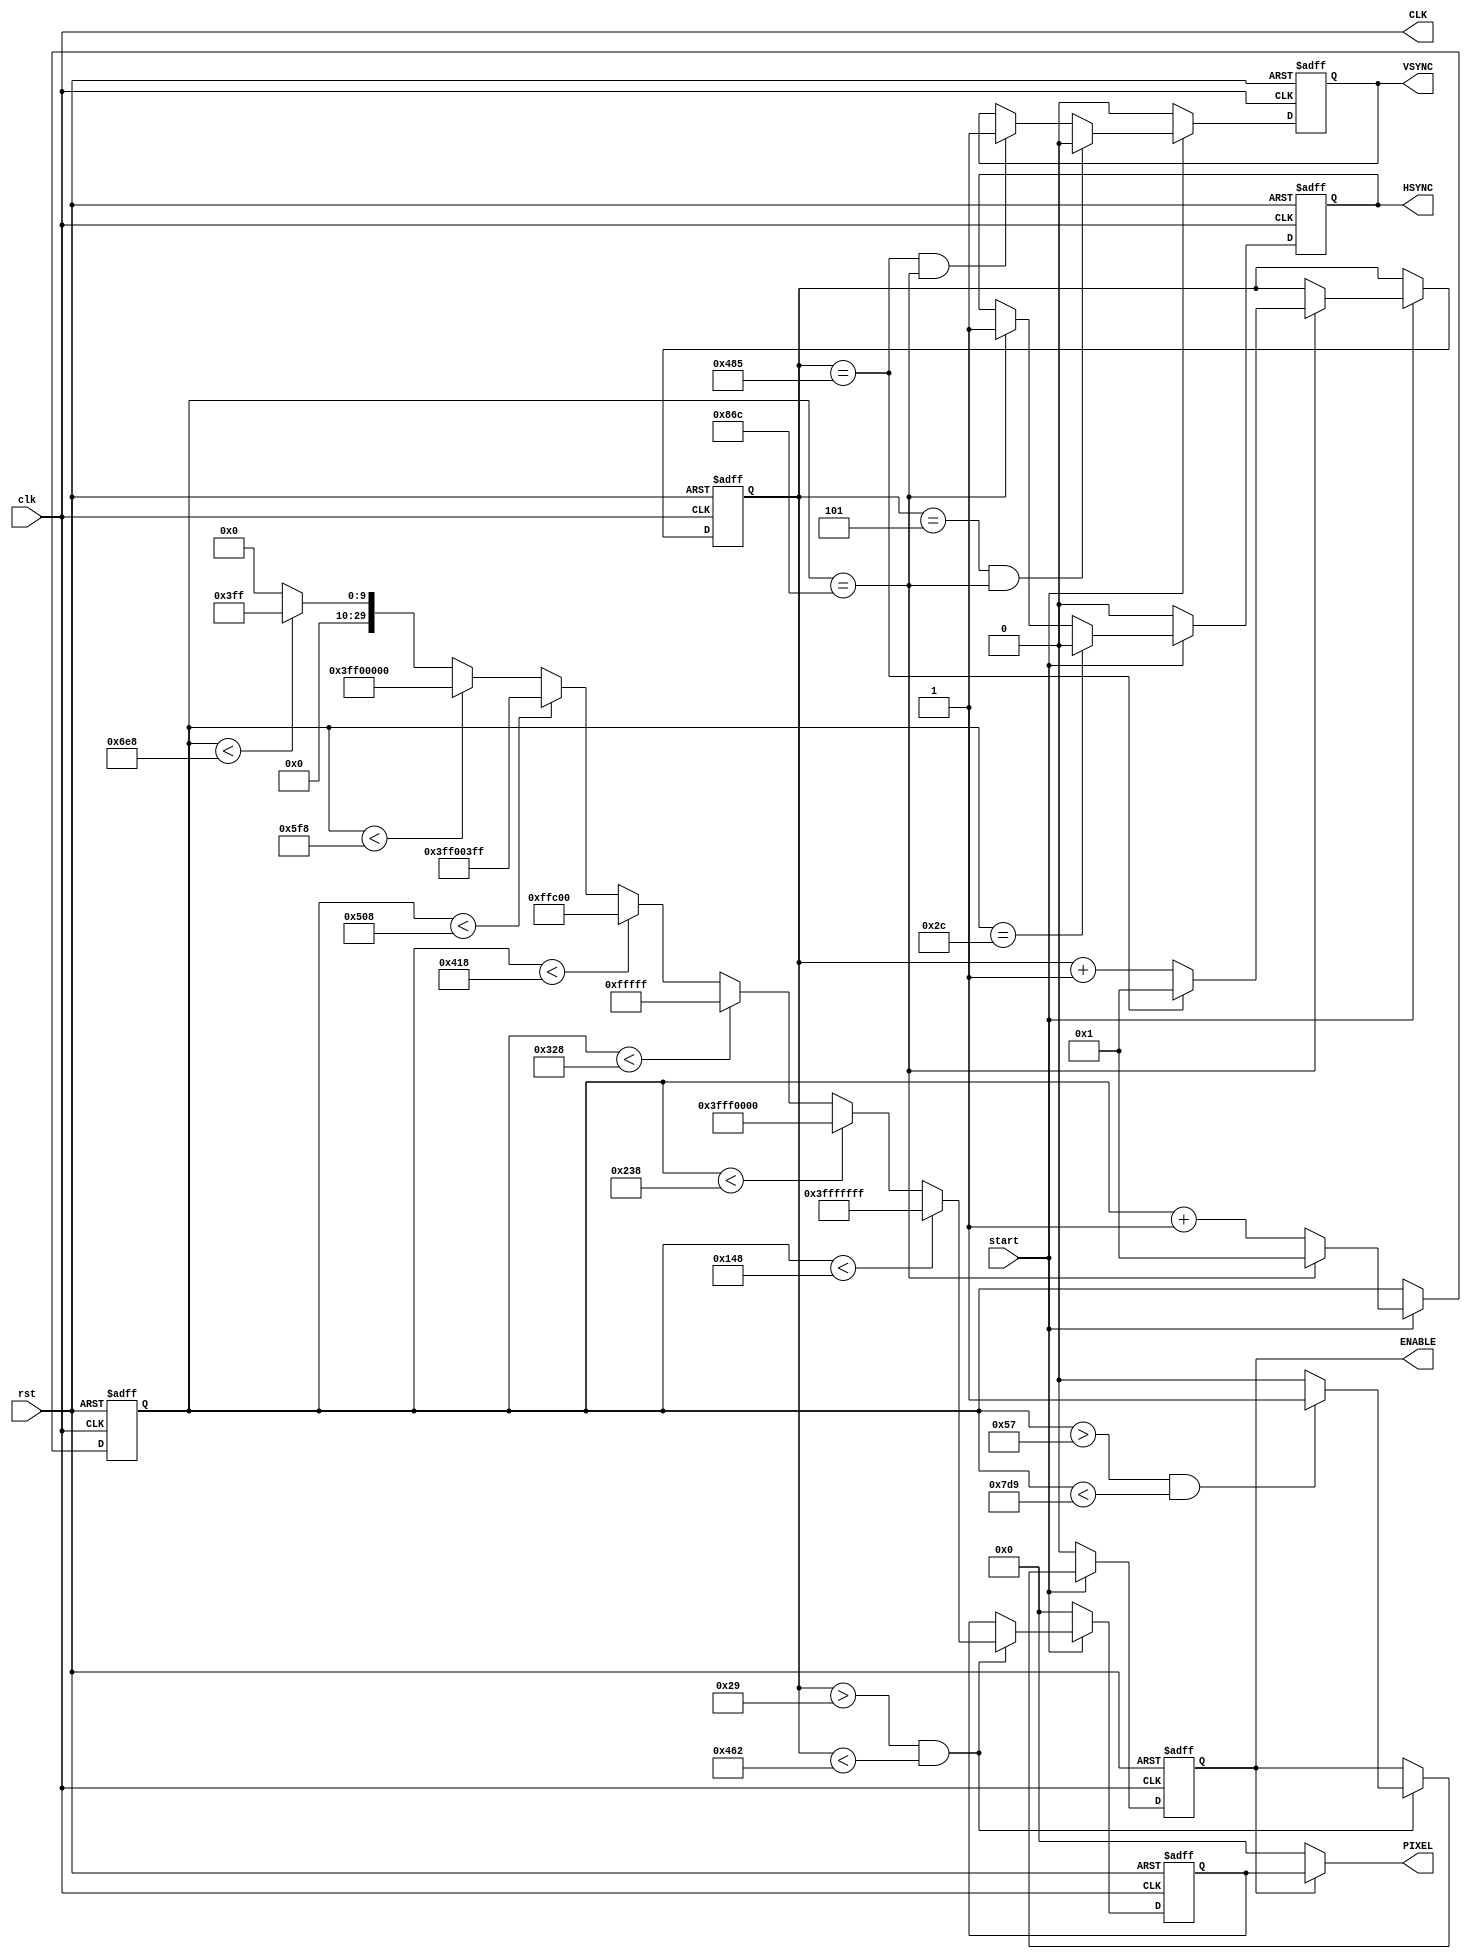
`timescale 1ns / 1ps
//////////////////////////////////////////////////////////////////////////////////
// Company: INESC-TEC/FEUP
// 
// Design Name: 
// Module Name: imageGenerator
// Project Name: 
// Target Devices: 
// Tool Versions: 
// Description: 
// 
// Dependencies: 
// 
// Revision:
// Revision 0.01 - File Created
// Additional Comments:
// 
//////////////////////////////////////////////////////////////////////////////////


module imageGenerator(
    input rst,
    input start,
    input clk,
    output ENABLE,
    output VSYNC,
    output HSYNC,
    output [29:0] PIXEL,
    output CLK
    );
    
//Atributos da imagem a ser produzida pelo bloco
        
    parameter    HSW = 12'h02C;    //nro de ciclos de relogio que dura o HSYNC
    parameter    HBP = 12'h02C;    //nro de px em branco antes da imagem (na horizontal)
    parameter    HFP = 12'h094;    //nro de px em branco depois da imgem (na horizontal)
    parameter    HRES = 12'h780;    //nro de px na horizontal = 1920px
        
    parameter    VSW = 12'h005;    //nro de linhas horizontais que o VSYNC dura
    parameter    VBP = 12'h024;    //nro de linhas horizontais antes da imagem
    parameter    VFP = 12'h004;    //nro de linhas horizontais depois da imagem
    parameter    VRES = 12'h438;    //nro de px na vertical = 1080  

//Portas do modulo 
	
	//input	rst;
	//input	clk;
	//input 	start;
	
	//output	ENABLE;
	//output	VSYNC;
	//output	HSYNC;
	//output	[29;0] PIXEL;
//Registos internos
        
    reg        r_ENABLE;
    reg        r_VSYNC;
    reg        r_HSYNC;
    reg        [29:0] r_PIXEL;
        
    reg[11:0]    VCOUNT;
    reg[11:0]    HCOUNT;  
    initial
    begin
        r_ENABLE <= 1'b0;
        r_VSYNC <= 1'b0;
        r_HSYNC <= 1'b0;
        r_PIXEL <= 30'b0;
        VCOUNT <= 12'b0;
        HCOUNT <= 12'b0;
    end
//Corpo RTL
    
    parameter    HTOTAL = HSW + HBP + HRES + HFP;
    parameter    VTOTAL = VSW + VBP + VRES + VBP;
    
    always @(posedge clk or posedge rst) begin
        
        if(rst == 1'b1) begin
            r_ENABLE    <= 1'b0;
            r_VSYNC        <= 1'b0;
            r_HSYNC        <= 1'b0;
            r_PIXEL        <= 30'b0;
        end else begin
        
            if(start == 1'b1) begin
                //gerar o pulso VSYNC
                if(VCOUNT == VSW && HCOUNT == HTOTAL) begin
                    //desligar o sinal de VSYNC
                    r_VSYNC    <=    1'b0;    
                end else if(VCOUNT == VTOTAL && HCOUNT == HTOTAL) begin
                    //ligar o VSYNC
                    r_VSYNC    <=    1'b1;
                end
                
                //gerar o pulso HSYNC
                if(HCOUNT == HSW) begin 
                    //desligar o sinal de HSYNC
                    r_HSYNC    <= 1'b0;
                end else if(HCOUNT == HTOTAL) begin
                    //ligar o sinal de HSYNC
                    r_HSYNC <= 1'b1;
                end
                
                //gerar os dados PX
                if( (VCOUNT > VSW + VBP) && (VCOUNT < VSW + VBP + VRES + 1'b1) ) begin
                    if( (HCOUNT > HSW + HBP - 1'b1) && (HCOUNT < HSW + HBP + HRES + 1'b1) ) begin
                        //ativar o enable
                        r_ENABLE <= 1'b1;
                    end else begin
                        //desativar o enable
                        r_ENABLE <= 1'b0;
                    end
                    if ( HCOUNT < HSW + HBP + {3'b0,HRES[11:3]} ) begin
                        r_PIXEL  <= 30'h3FFF_FFFF ; // White
                    end else if ( HCOUNT < HSW + HBP + {2'b0,HRES[11:2]} ) begin
                        r_PIXEL  <= 30'h3FFF_0000 ; // Yellow
                    end else if ( HCOUNT < HSW + HBP + {2'b0,HRES[11:2]} + {3'b0,HRES[11:3]} ) begin
                       r_PIXEL  <= 30'h000F_FFFF ; // Cyan
                    end else if (HCOUNT < HSW + HBP + {1'b0,HRES[11:1]} ) begin
                        r_PIXEL  <= 30'h000F_FC00 ; // Green
                    end else if ( HCOUNT < HSW + HBP + {1'b0,HRES[11:1]} + {3'b0,HRES[11:3]} ) begin
                        r_PIXEL  <= 30'h3FF0_03FF ; // Magenta
                    end else if (HCOUNT <HSW + HBP + {1'b0,HRES[11:1]} + {2'b0,HRES[11:2]} ) begin
                        r_PIXEL  <= 30'h3FF0_0000 ; // Red
                    end else if (HCOUNT < HSW + HBP + {1'b0,HRES[11:1]} + {2'b0,HRES[11:2]} + {3'b0,HRES[11:3]} ) begin
                        r_PIXEL  <= 30'h0000_03FF ; // Blue
                    end else begin
                        r_PIXEL  <= 30'h0000_0000 ; // Black
                    end
                end
            end
            else begin
                r_ENABLE <= 1'b0;
                r_VSYNC        <= 1'b0;
                r_HSYNC        <= 1'b0;
                r_PIXEL        <= 30'b0;
            end
        end
    end
    
//Maquina de estados
    always @(posedge clk or posedge rst) begin
        if(rst == 1'b1) begin
            VCOUNT    <=    VTOTAL;
            HCOUNT    <=    HTOTAL;
        end else begin 
            if(start == 1'b1) begin
                if(HCOUNT==HTOTAL) begin
                    HCOUNT <= 12'd1;
                    if(VCOUNT==VTOTAL) begin
                        VCOUNT <= 12'd1;
                    end else begin
                        VCOUNT <= VCOUNT + 1'b1;
                    end
                end else begin
                    HCOUNT <= HCOUNT +1'b1;
                end
            end
        end
    end
    
    
//Output
    assign ENABLE   =   r_ENABLE;
    assign VSYNC    =   r_VSYNC;
    assign HSYNC    =   r_HSYNC;
    assign PIXEL    =   (r_ENABLE == 1'b1) ? r_PIXEL : 48'b0 ;
    assign CLK      = clk;
endmodule